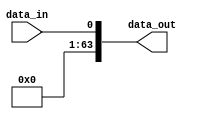
`timescale 1ns / 1ps
//////////////////////////////////////////////////////////////////////////////////
// Company: 
// Engineer: 
// 
// Design Name: 
// Module Name:    extend1to64 
// Project Name: 
// Target Devices: 
// Tool versions: 
// Description: 
//
// Dependencies: 
//
// Revision: 
// Revision 0.01 - File Created
// Additional Comments: 
//
//////////////////////////////////////////////////////////////////////////////////
module extend1to64(
    input data_in,
    output [63:0] data_out
    );

	assign data_out = {63'd0,data_in};

endmodule